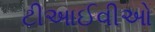
ટીઆઈવીઓ